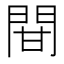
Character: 𨳼